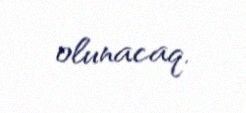
olunacaq.